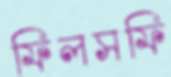
ফিলসফি